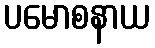
ပမောစနာယ